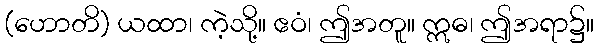
(ဟောတိ) ယထာ၊ ကဲ့သို့။ ဧဝံ၊ ဤအတူ။ ဣဓ၊ ဤအရာ၌။